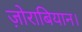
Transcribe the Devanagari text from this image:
ज़ोराबियान।